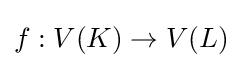
f:V(K)\to V(L)